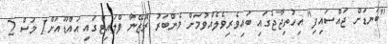
"ބަނޑަށް ޖައްސައިފި" އިހުތިޖާޖުގައި ބައިވެރިވެލެއްވުމަށް މެންބަރު ރޮޒޭނާ ފްލައިޓްގައި އައްޑޫއަށް1 މަސް 2